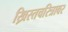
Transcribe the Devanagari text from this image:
ख्रिस्तचरित्रावर